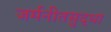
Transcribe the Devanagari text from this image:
जर्मनीतसुद्धा